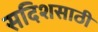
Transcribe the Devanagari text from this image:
सदिशसाठी